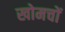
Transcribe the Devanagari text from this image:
खोमचों